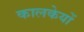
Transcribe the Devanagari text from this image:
कालकेयों